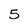
Character: 5